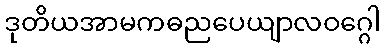
ဒုတိယအာမကဓညပေယျာလဝဂ္ဂေါ